Report of the Imperial Institute of Veterinary Research, Muktesar
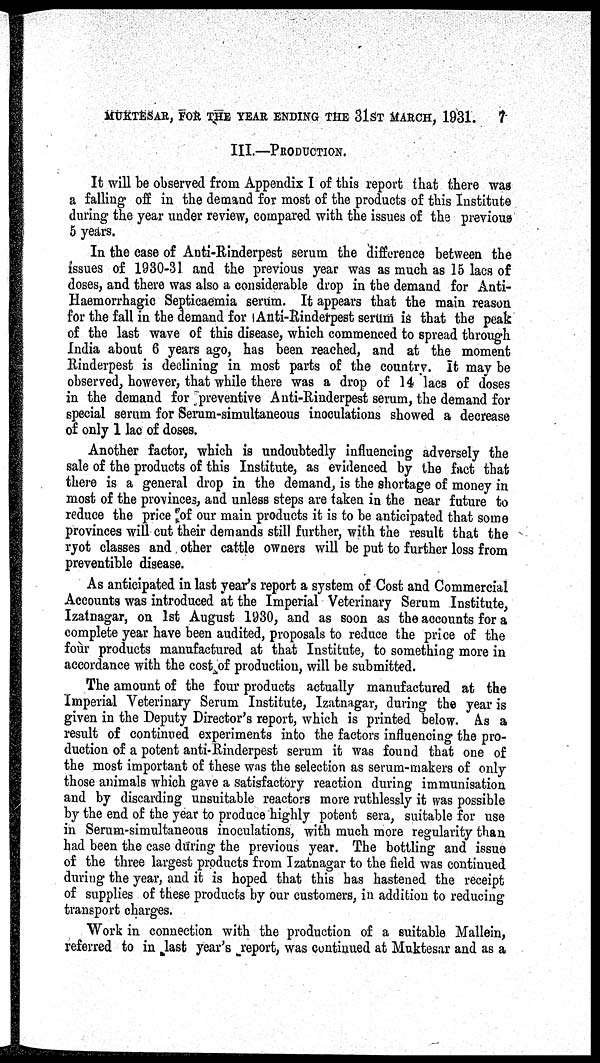
MUKTESAR, FOR THE YEAR ENDING THE 31ST MARCH, 1931. 7
III.—PRODUCTION.
It will be observed from Appendix I of this report that there was
a falling off in the demand for most of the products of this Institute
during the year under review, compared with the issues of the previous
5 years.
In the case of Anti-Rinderpest serum the difference between the
issues of 1930-31 and the previous year was as much as 15 lacs of
doses, and there was also a considerable drop in the demand for Anti¬
Haemorrhagic Septicaemia serum. It appears that the main reason
for the fall in the demand for Anti-Rinderpest serum is that the peak
of the last wave of this disease, which commenced to spread through
India about 6 years ago, has been reached, and at the moment
Rinderpest is declining in most parts of the country. It may be
observed, however, that while there was a drop of 14 lacs of doses
in the demand for preventive Anti-Rinderpest serum, the demand for
special serum for Serum-simultaneous inoculations showed a decrease
of only 1 lac of doses.
Another factor, which is undoubtedly influencing adversely the
sale of the products of this Institute, as evidenced by the fact that
there is a general drop in the demand, is the shortage of money in
most of the provinces, and unless steps are taken in the near future to
reduce the price of our main products it is to be anticipated that some
provinces will cut their demands still further, with the result that the
ryot classes and other cattle owners will be put to further loss from
preventible disease.
As anticipated in last year's report a system of Cost and Commercial
Accounts was introduced at the Imperial Veterinary Serum Institute,
Izatnagar, on 1st August 1930, and as soon as the accounts for a
complete year have been audited, proposals to reduce the price of the
four products manufactured at that Institute, to something more in
accordance with the cost of production, will be submitted.
The amount of the four products actually manufactured at the
Imperial Veterinary Serum Institute, Izatnagar, during the year is
given in the Deputy Director's report, which is printed below. As a
result of continued experiments into the factors influencing the pro-
duction of a potent anti-Rinderpest serum it was found that one of
the most important of these was the selection as serum-makers of only
those animals which gave a satisfactory reaction during immunisation
and by discarding unsuitable reactors more ruthlessly it was possible
by the end of the year to produce highly potent sera, suitable for use
in Serum-simultaneous inoculations, with much more regularity than
had been the case during the previous year. The bottling and issue
of the three largest products from Izatnagar to the field was continued
during the year, and it is hoped that this has hastened the receipt
of supplies of these products by our customers, in addition to reducing
transport charges.
Work in connection with the production of a suitable Mallein,
referred to in last year's report, was continued at Muktesar and as a